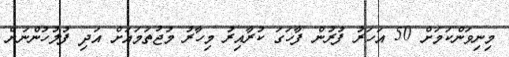
މިނިވަންކަމަށް 50 އަހަރު ފުރުން ފާހަގަ ކުރާއިރު މިހާރު މުޖުތަމައަށް އަދި ފުލުހުންނަށް